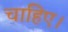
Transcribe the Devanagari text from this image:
चाहिए।